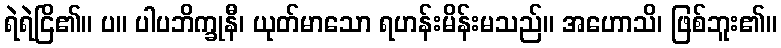
ရဲရဲငြိ၏။ ပ။ ပါပဘိက္ခုနီ၊ ယုတ်မာသော ရဟန်းမိန်းမသည်။ အဟောသိ၊ ဖြစ်ဘူး၏။